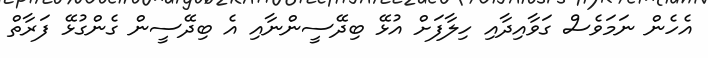
އެހެން ނަމަވެސް ގަވާއިދާއި ހިލާފަށް އުޅޭ ބިދޭސީންނާއި އެ ބިދޭސީން ގެންގުޅޭ ފަރާތް